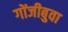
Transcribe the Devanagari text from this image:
गोंजीबुवा